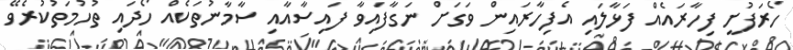
ހޯރަފުށީ ފިހާރައެއް ފަޅާލައި އެފިހާރައިން ވަގަށް ނަގާފައިވާ ފައިސާއާއި ސާމާނުތަކެއް ހޯދައި ތުހުމަތުކުރެވޭ